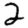
Digit: 2